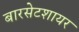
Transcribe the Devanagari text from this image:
बारसेटशायर